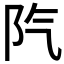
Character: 𨸛